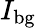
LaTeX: I_{\mathrm{bg}}